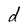
Character: d